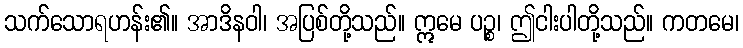
သက်သောရဟန်း၏။ အာဒိနဝါ၊ အပြစ်တို့သည်။ ဣမေ ပဉ္စ၊ ဤငါးပါတို့သည်။ ကတမေ၊